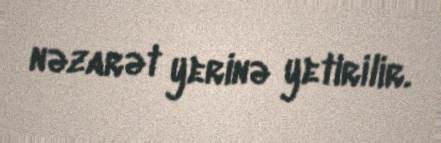
nəzarət yerinə yetirilir.